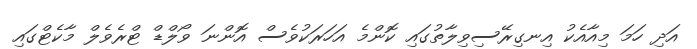
އަދި ހަމަ މިއާއެކު އިނގިރޭސިވިލާތުގައި ކޮންމެ އަހަރަކުވެސް އޮންނަ ވޯލްޑް ޓްރެވެލް މާކެޓްގައި